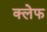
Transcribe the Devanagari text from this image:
क्लेफ